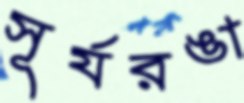
সূর্যরঙা